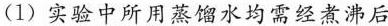
(1)实验中所用蒸馏水均需经煮沸后